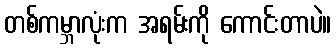
တစ်ကမ္ဘာလုံးက အရမ်းကို ကောင်းတာပဲ။